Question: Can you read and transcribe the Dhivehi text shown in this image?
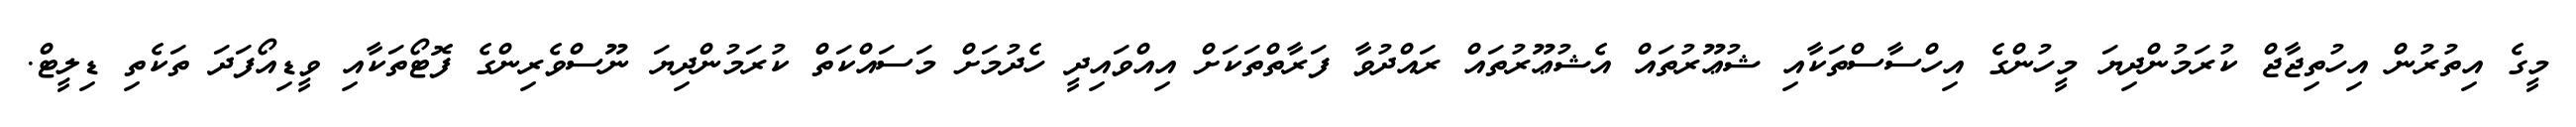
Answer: މީގެ އިތުރުން އިހުތިޖާޖް ކުރަމުންދިޔަ މީހުންގެ އިހްސާސްތަކާއި ޝުޢޫރުތައް އެޝުޢޫރުތައް ރައްދުވާ ފަރާތްތަކަށް އިއްވައިދީ ހެދުމަށް މަސައްކަތް ކުރަމުންދިޔަ ނޫސްވެރިންގެ ފޮޓޯތަކާއި ވީޑިއޯފަދަ ތަކެތި ޑިލީޓް.